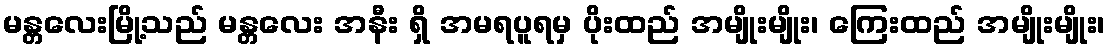
မန္တလေးမြို့သည် မန္တလေး အနီး ရှိ အမရပူရမှ ပိုးထည် အမျိုးမျိုး၊ ကြေးထည် အမျိုးမျိုး၊